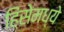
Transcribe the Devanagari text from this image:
हिंसेमध्ये